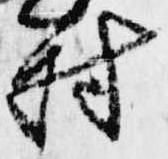
村